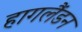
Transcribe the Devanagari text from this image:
हागलैंडन